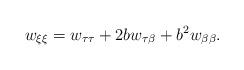
LaTeX: \begin{align*} w_{\xi\xi} = w_{\tau\tau}+2bw_{\tau\beta}+b^2w_{\beta\beta}.\end{align*}